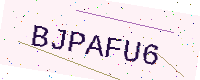
Text: BJPAFU6